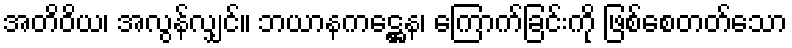
အတိဝိယ၊ အလွန်လျှင်။ ဘယာနကဋ္ဌေန၊ ကြောက်ခြင်းကို ဖြစ်စေတတ်သော